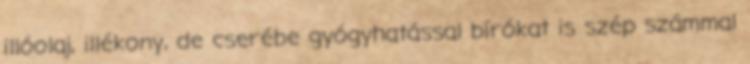
illóolaj, illékony, de cserébe gyógyhatással bírókat is szép számmal